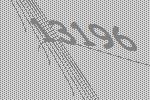
13196